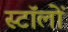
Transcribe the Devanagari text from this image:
स्टॉलों